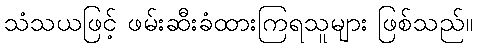
သံသယဖြင့် ဖမ်းဆီးခံထားကြရသူများ ဖြစ်သည်။